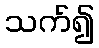
သက်၍